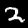
Digit: 2